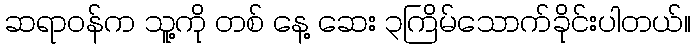
ဆရာဝန်က သူ့ကို တစ် နေ့ ဆေး ၃ကြိမ်သောက်ခိုင်းပါတယ်။